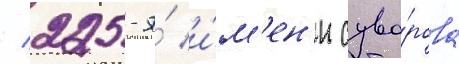
/ 225-я́ и́м'ен'и суво́рова